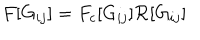
F [ G _ { i j } ] = F _ { c } [ G _ { i j } ] \mathcal R [ G _ { i j } ]